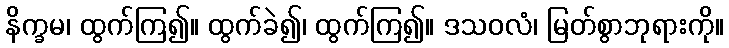
နိက္ခမ၊ ထွက်ကြ၍။ ထွက်ခဲ၍၊ ထွက်ကြ၍။ ဒသဝလံ၊ မြတ်စွာဘုရားကို။